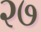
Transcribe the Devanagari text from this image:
२७